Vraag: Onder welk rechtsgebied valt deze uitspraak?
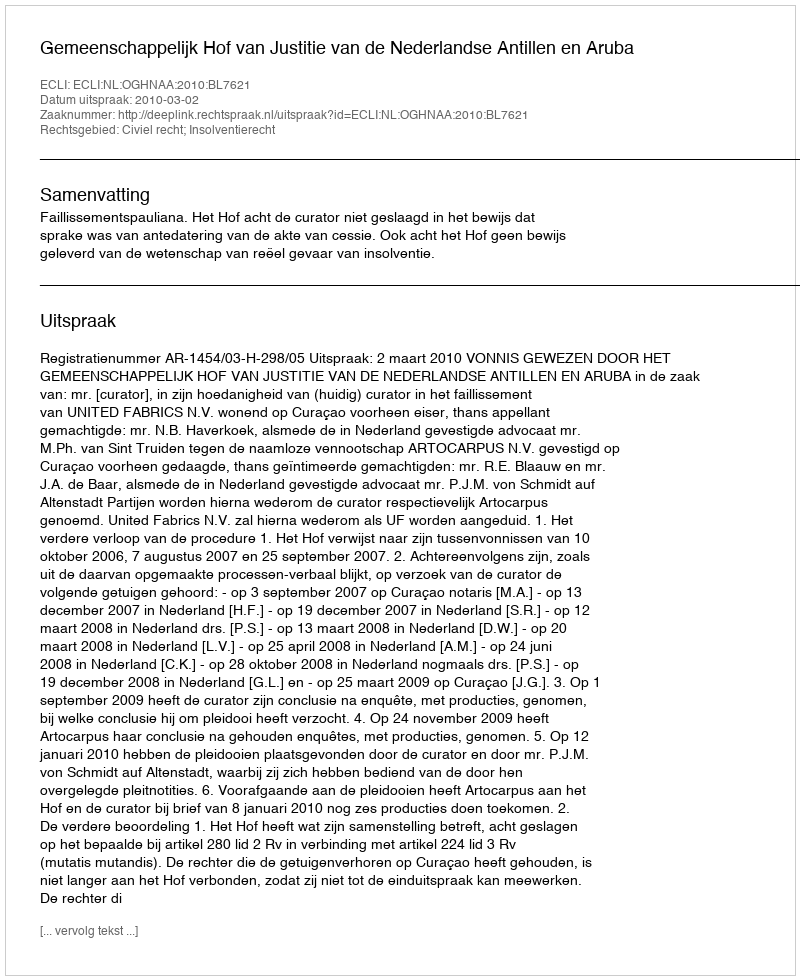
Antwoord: Civiel recht; Insolventierecht